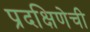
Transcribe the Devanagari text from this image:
प्रदक्षिणेची